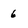
Character: 6